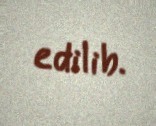
edilib.